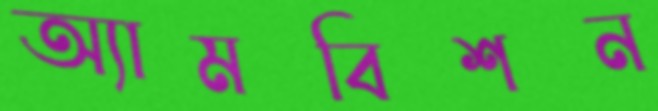
অ্যামবিশন